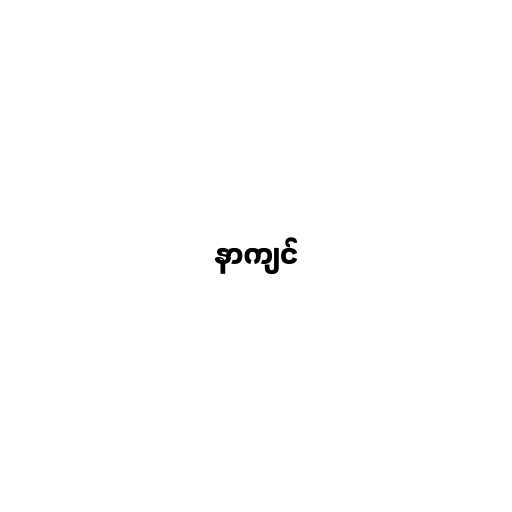
နာကျင်